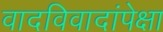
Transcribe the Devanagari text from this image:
वादविवादांपेक्षा